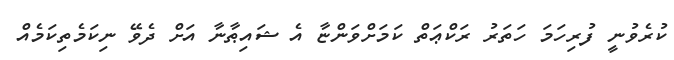
ކުރެވުނީ ފުރިހަމަ ހަތަރު ރަކްޢަތް ކަމަށްވަންޏާ އެ ޝައިޠާނާ އަށް ދެވޭ ނިކަމެތިކަމެއް